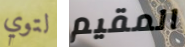
لتوي المقيم